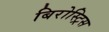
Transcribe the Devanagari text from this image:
बिरोस्ट्रिस